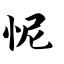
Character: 怩